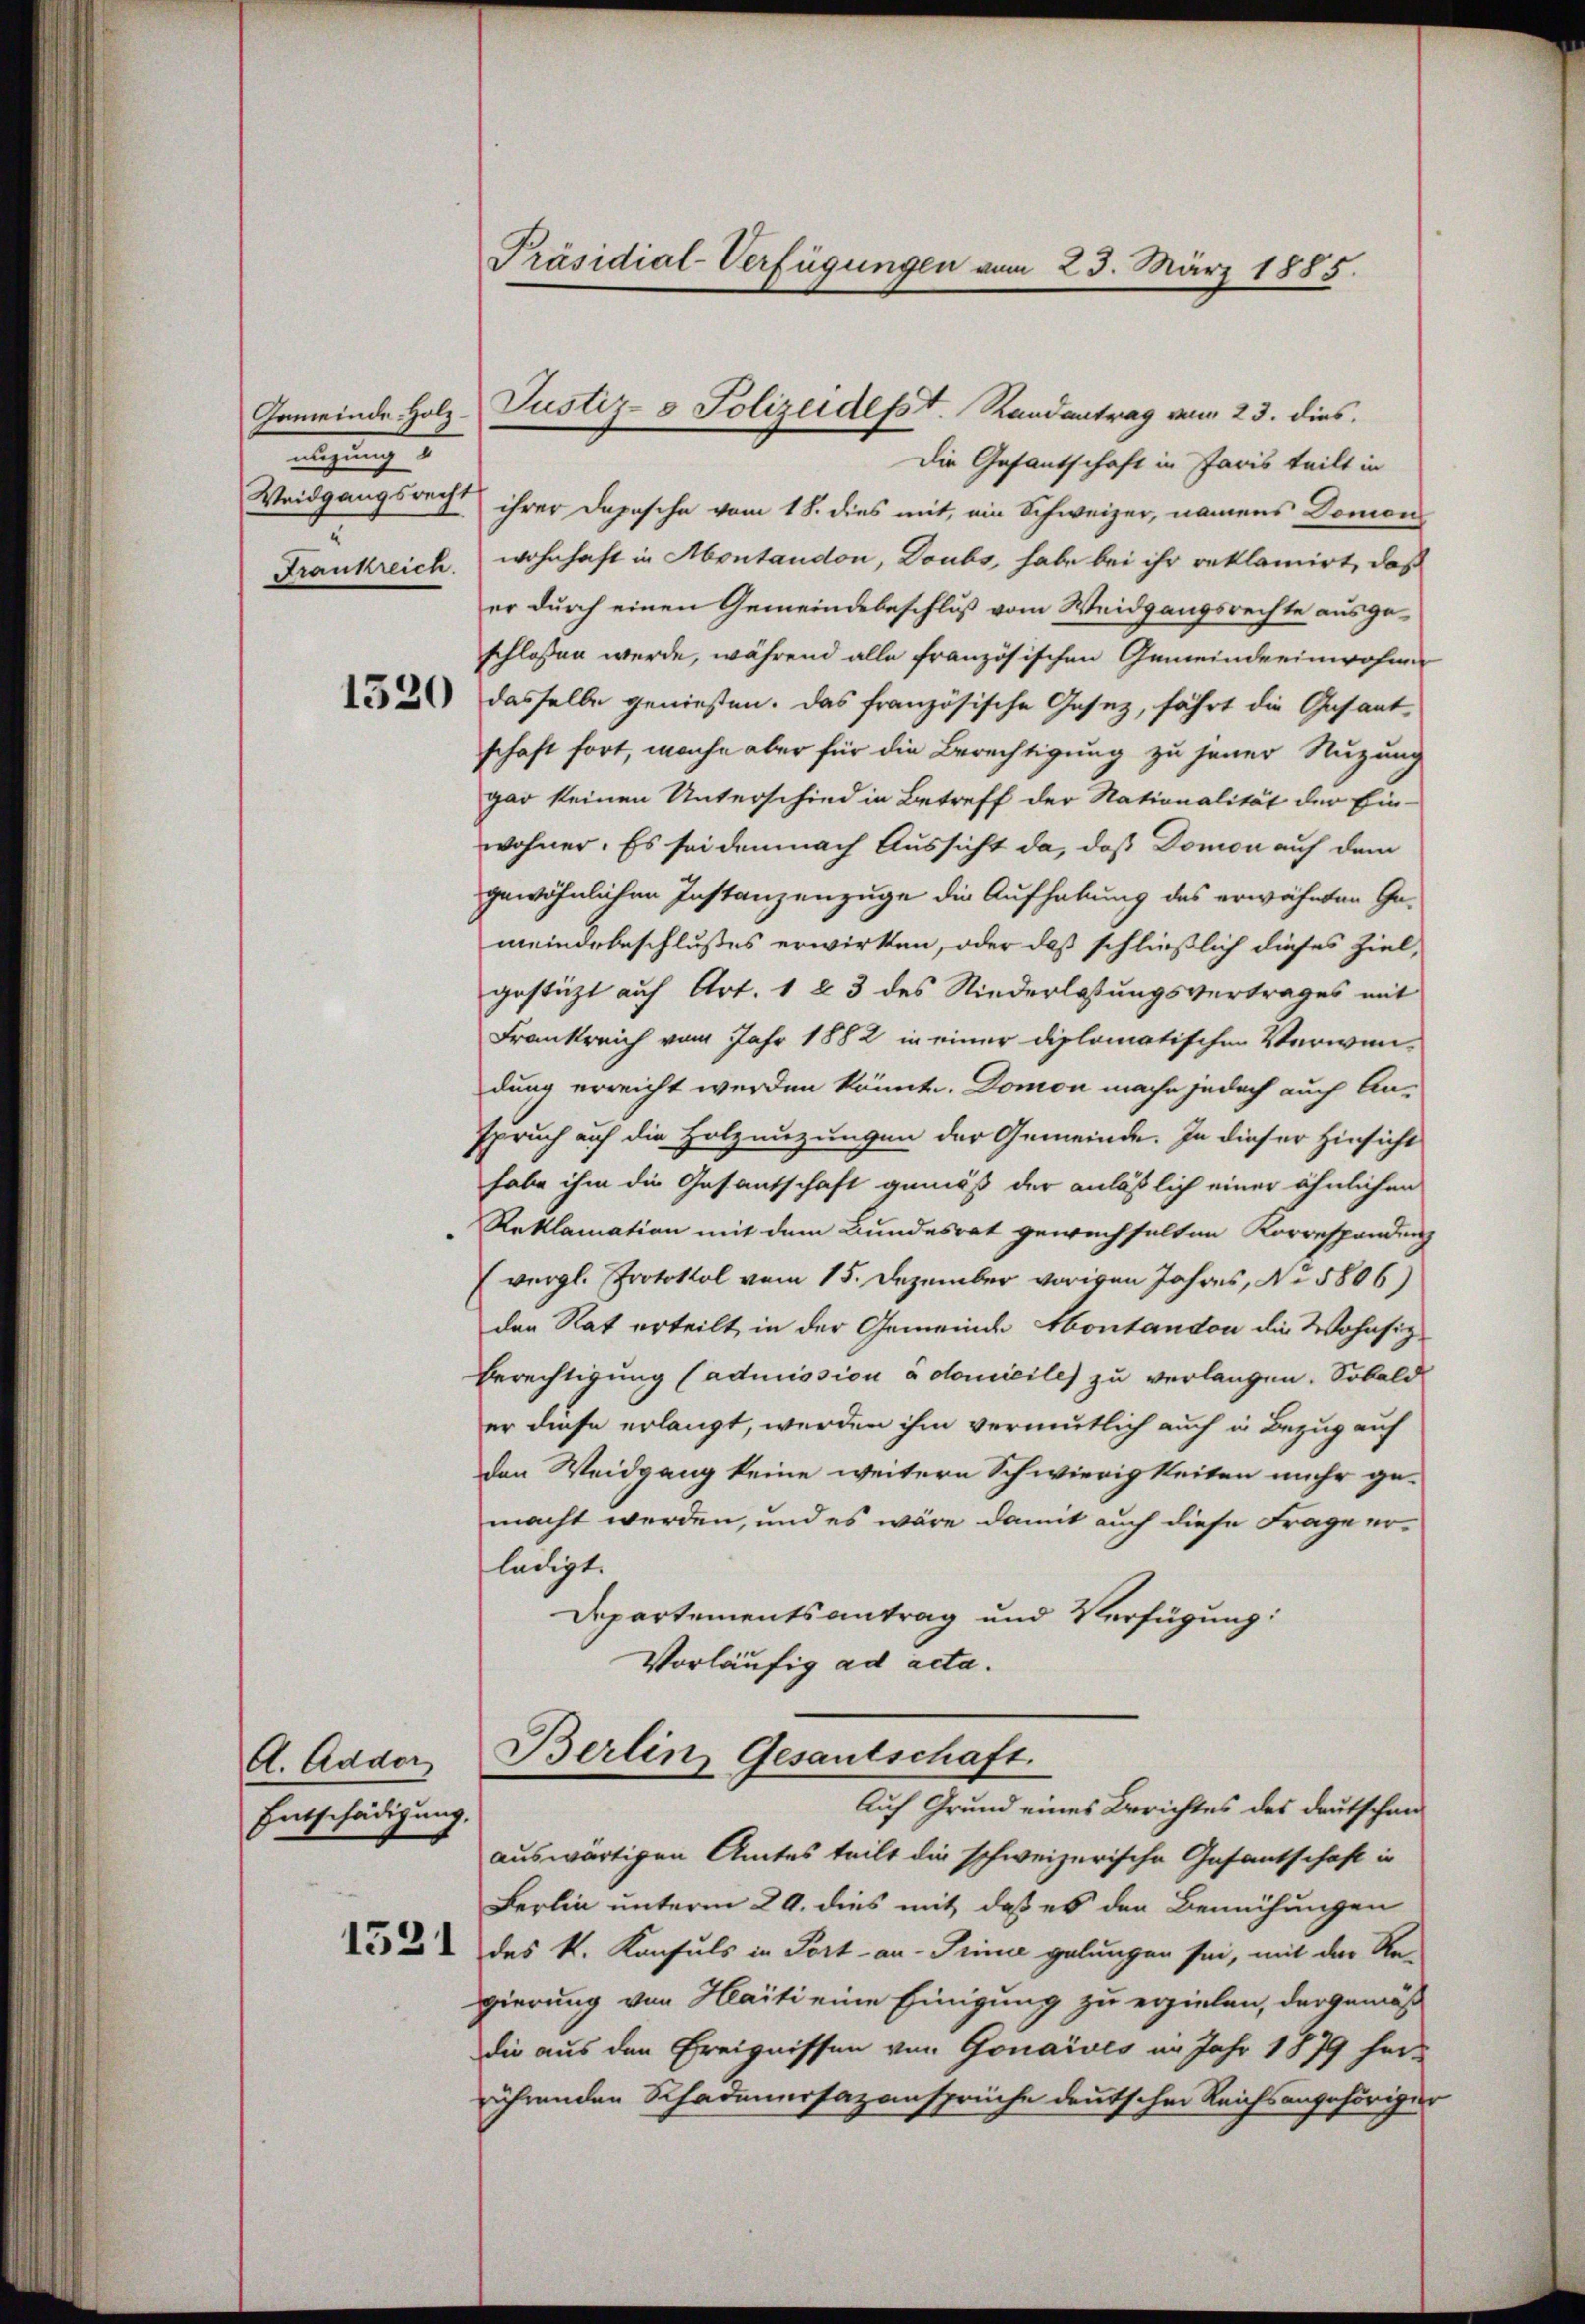
eigung

Entschädigung.

Präsidial-Verfügungen vom 23. März 1885.

Die Gesantschaft in Paris teilt in
Weidgangsrecht ihrer Dopische vom 18. dies mit ein Schweizer, namens Domon
Frankreich wohnhaft in Montandon, Doubs, habe bei ihr reklamirt, daß
er durch einen Gemeindebeschluß vom Weidgangsrechte ausgeschlossen werde, während alle französischen Gemeindeeinwohnen
) dasselbe genießen. Das französische Gesetz, fährt die Gesant
schaft fort, mache aber für die Berechtigung zu jener Nuzung
gar keinen Unterschied in Betreff der Nationalität der Ein-
wohner. Es sei demnach Aussicht da, daß Domon auf dem
gewöhnlichen Instanzenzuge die Aufhebung des erwähnten Gemeindebeschlußes erwirken, oder daß schließlich dieses Ziel,
gestützt auf Art. 1 & 3 des Niederlassungsvertrages mit
Frankreich vom Jahr 1882 in einer diplomatischen Verwen-
dung erreicht werden könnte. Domon mache jedoch auch An-
spruch auf die Holznuzungen der Gemeinde. In dieser Hinsicht
habe ihm die Gesantschaft gemäß der anläßlich einer ähnlichen
Reklamation mit dem Bundesrat gewechselten Korrespondenz
(vergl. Protokol vom 15. Dezember vorigen Jahres, No 5806)
den Rat erteilt, in der Gemeinde Abontandon die Wohnsiz
Berechtigung (admission à domicile) zu verlangen. Sobald
er diese erlangt, werden ihm vermutlich auch in Bezug auf
den Weidgang keine weitern Schwierigkeiten mehr ge-
macht werden, und es wäre damit auch diese Frage erledigt.
Departementsantrag und Verfügung:
Vorläufig ad acta.
A. Adder Berlin Gesantschaft.
Auf Grund eines Berichtes des Deutschen
auswärtigen Amtes teilt die schweizerische Gasantschaft in
Berlin unterm 29. dies mit daß es den Bemühungen
 22 des k. Konsuls in Fort- an- Trinie gelungen sei, mit der Regierung von Haiti eine Einigung zu erzielen, dergemäß
die aus den Ereignissen von Gonaives im Jahr 1879 herrührenden Schadenersazansprüche deutschen Reichsangehöriger

Gemeinde Holz-Justiz- & Polizeidesst. Randantrag vom 23. dies